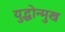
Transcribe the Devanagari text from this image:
युद्धोन्मुख